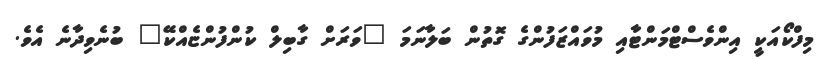
މިފްކޯއަކީ އިންވެސްޓްމަންޓާއި މުވައްޒަފުންގެ ގޮތުން ބަލާނަމަ "ވަރަށް ގާބިލް ކުންފުންޏެއްކޭ" ބުނެވިދާނެ އެވެ.